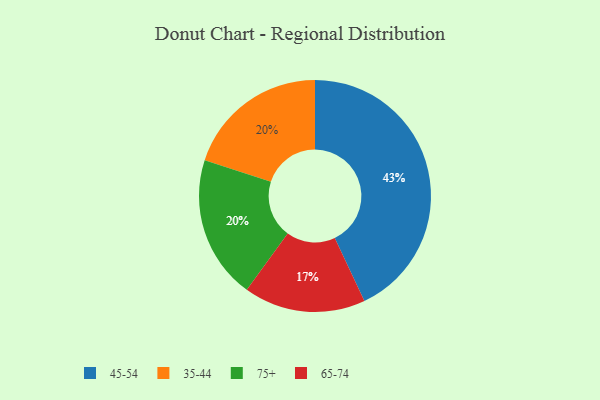
{"axis": {"x": "Category", "y": "Percentage"}, "legend": ["35-44", "45-54", "65-74", "75+"], "data": [{"x": "35-44", "y": 20, "type": "35-44"}, {"x": "75+", "y": 20, "type": "75+"}, {"x": "65-74", "y": 17, "type": "65-74"}, {"x": "45-54", "y": 43, "type": "45-54"}]}